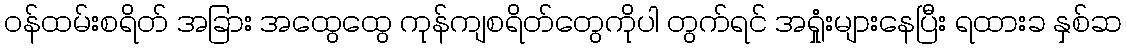
၀န်ထမ်းစရိတ် အခြား အထွေထွေ ကုန်ကျစရိတ်တွေကိုပါ တွက်ရင် အရှုံးများနေပြီး ရထားခ နှစ်ဆ